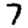
Digit: 7